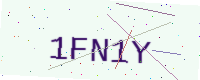
Text: 1FN1Y